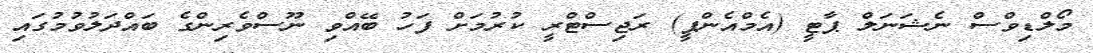
މޯލްޑިވްސް ނެޝަނަލް ޕާޓީ (އެމްއެންޕީ) ރަޖިސްޓްރީ ކުރުމަށް ފަހު ބޭއްވި ނޫސްވެރިންގެ ބައްދަލުވުމުގައި